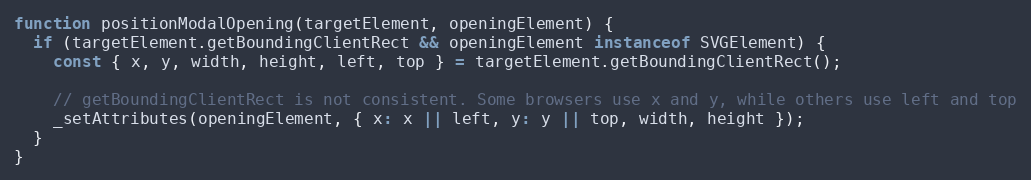
Language: JavaScript
function positionModalOpening(targetElement, openingElement) {
  if (targetElement.getBoundingClientRect && openingElement instanceof SVGElement) {
    const { x, y, width, height, left, top } = targetElement.getBoundingClientRect();

    // getBoundingClientRect is not consistent. Some browsers use x and y, while others use left and top
    _setAttributes(openingElement, { x: x || left, y: y || top, width, height });
  }
}